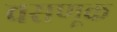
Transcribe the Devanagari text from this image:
वसणूक